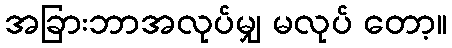
အခြားဘာအလုပ်မျှ မလုပ် တော့။